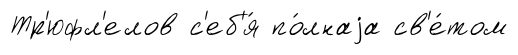
Тр'юфл'елов с'еб'я́ по́лнаjа св'е́том